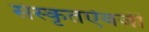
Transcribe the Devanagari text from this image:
संस्कृतऐवजी